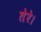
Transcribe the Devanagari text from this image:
तेरे।